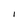
Character: l